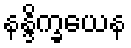
နန္ဒိက္ခယေန